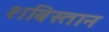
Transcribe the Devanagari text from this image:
शबिस्तान